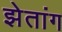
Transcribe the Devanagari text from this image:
झेतांग